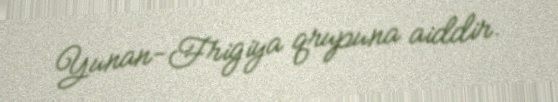
Yunan-Frigiya qrupuna aiddir.